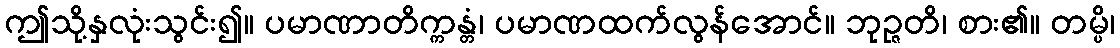
ဤသို့နှလုံးသွင်း၍။ ပမာဏာတိက္ကန္တံ၊ ပမာဏထက်လွန်အောင်။ ဘုဉ္ဇတိ၊ စား၏။ တမ္ပိ၊